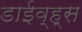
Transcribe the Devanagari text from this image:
डाईव्ह्स